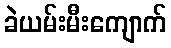
ခဲယမ်းမီးကျောက်